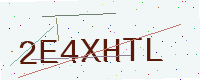
Text: 2E4XHTL